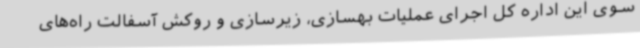
سوی این اداره کل اجرای عملیات بهسازی، زیرسازی و روکش آسفالت راه‌های